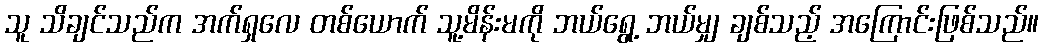
သူ သိချင်သည်က အက်ရှလေ တစ်ယောက် သူ့မိန်းမကို ဘယ်ရွေ့ ဘယ်မျှ ချစ်သည့် အကြောင်းဖြစ်သည်။